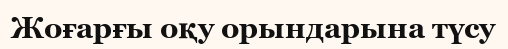
Жоғарғы оқу орындарына түсу